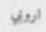
اروبي